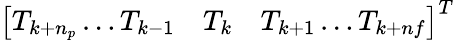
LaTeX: \left[T_{k+n_{p}}\ldots T_{k-1}\quad T_{k}\quad T_{k+1}\ldots T_{k+nf}\right]^{T}